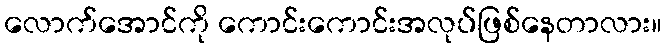
လောက်အောင်ကို ကောင်းကောင်းအလုပ်ဖြစ်နေတာလား။